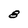
Character: 8